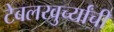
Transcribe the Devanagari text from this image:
टेबलखुर्च्यांची